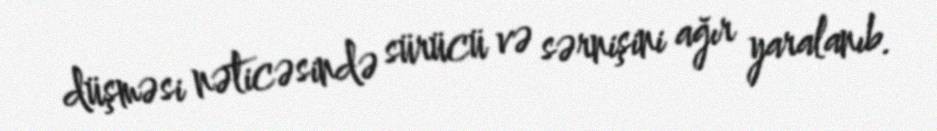
düşməsi nəticəsində sürücü və sərnişini ağır yaralanıb.